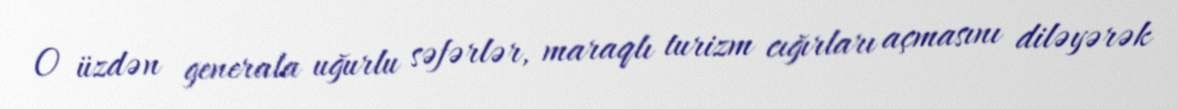
O üzdən generala uğurlu səfərlər, maraqlı turizm cığırları açmasını diləyərək